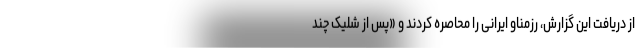
از دریافت این گزارش، رزمناو ایرانی را محاصره کردند و «پس از شلیک چند